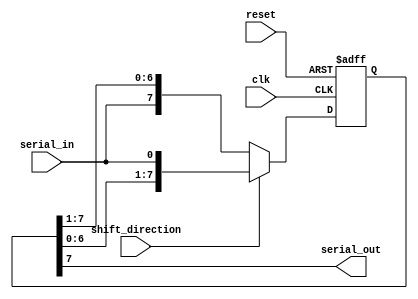
module siso_shift_register (
    input clk,
    input reset,
    input shift_direction, // 0 for shift right, 1 for shift left
    input serial_in,
    output reg serial_out
);

parameter NUM_FF = 8; // Number of flip-flops in the chain
reg [NUM_FF-1:0] data;

always @(posedge clk or posedge reset) begin
    if(reset) begin
        data <= 0;
    end else begin
        if(shift_direction == 1) begin // Shift left
            data <= {data[NUM_FF-2:0], serial_in};
        end else begin // Shift right
            data <= {serial_in, data[NUM_FF-1:1]};
        end
    end
end

always @* begin
    serial_out = data[NUM_FF-1];
end

endmodule